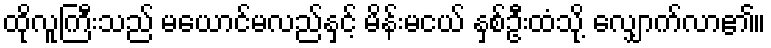
ထိုလူကြီးသည် မယောင်မလည်နှင့် မိန်းမငယ် နှစ်ဦးထံသို့ လျှောက်လာ၏။